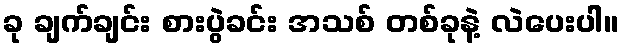
ခု ချက်ချင်း စားပွဲခင်း အသစ် တစ်ခုနဲ့ လဲပေးပါ။